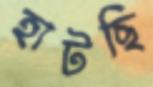
হাটছি